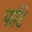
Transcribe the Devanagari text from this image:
पाटि